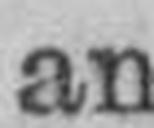
an